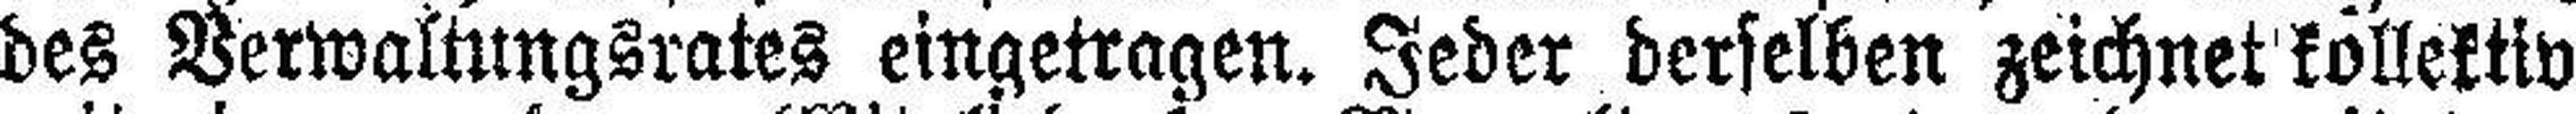
des Verwaltungsrates eingetragen. Jeder derselben zeichnet kollektiv